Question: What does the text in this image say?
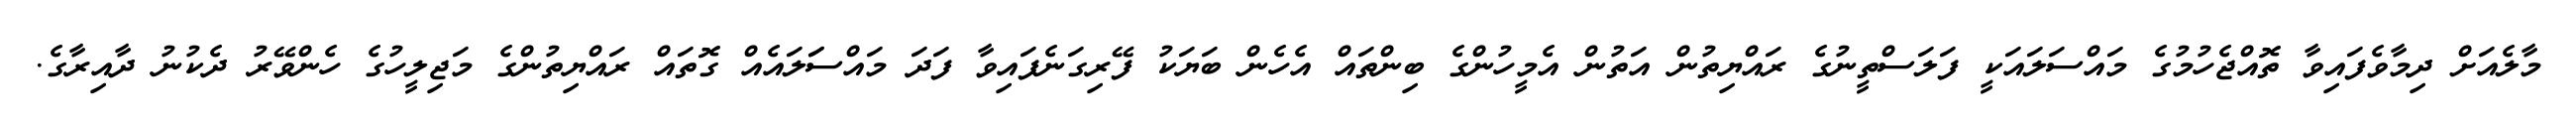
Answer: މާލެއަށް ދިމާވެފައިވާ ތޮއްޖެހުމުގެ މައްސަލައަކީ ފަލަސްތީނުގެ ރައްޔިތުން އަތުން އެމީހުންގެ ބިންތައް އެހެން ބަޔަކު ފޭރިގަނެފައިވާ ފަދަ މައްސަަލައެއް ގޮތައް ރައްޔިތުންގެ މަޖިލީހުގެ ހެންވޭރު ދެކުނު ދާއިރާގެ.